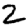
Digit: 2